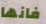
فانها